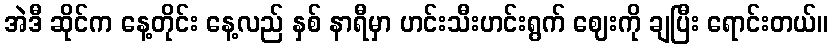
အဲဒီ ဆိုင်က နေ့တိုင်း နေ့လည် နှစ် နာရီမှာ ဟင်းသီးဟင်းရွက် ဈေးကို ချပြီး ရောင်းတယ်။